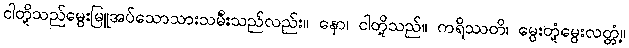
ငါတို့သည်မွေးမြူအပ်သောသားသမီးသည်လည်း။ နော၊ ငါတို့သည်။ ကရိဿတိ၊ မွေးတုံ့မွေးလတ္တံ့။